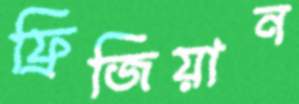
ফ্রিজিয়ান